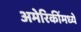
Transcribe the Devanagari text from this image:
अमेरिकींमध्ये